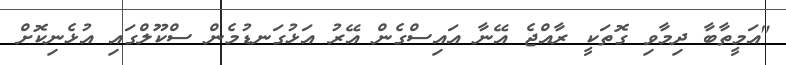
"އަމީތާބާ ދިމާވި ގޮތަކީ ރާއްޖެ އޭނާ އައިސްގެން އޭރު އަޅުގަނޑުމެން ސްކޫލްގައި އުޅެނިކޮށް